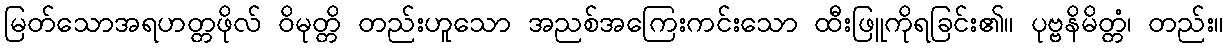
မြတ်သောအရဟတ္တဖိုလ် ဝိမုတ္တိ တည်းဟူသော အညစ်အကြေးကင်းသော ထီးဖြူကိုရခြင်း၏။ ပုဗ္ဗနိမိတ္တံ၊ တည်း။